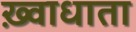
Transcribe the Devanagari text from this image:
ख़्वाधाता